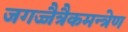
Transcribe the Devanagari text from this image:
जगज्जैत्रैकमन्त्रेण